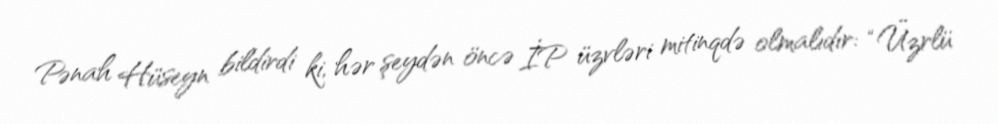
Pənah Hüseyn bildirdi ki, hər şeydən öncə İP üzvləri mitinqdə olmalıdır: “Üzrlü